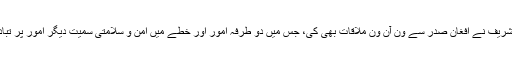
وزیراعظم نوازشریف نے افغان صدر سے ون آن ون ملاقات بھی کی، جس میں دو طرفہ امور اور خطے میں امن و سلامتی سمیت دیگر امور پر تبادلہ خیال کیا گیا۔